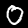
Label: 0